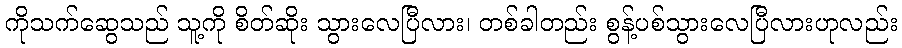
ကိုသက်ဆွေသည် သူ့ကို စိတ်ဆိုး သွားလေပြီလား၊ တစ်ခါတည်း စွန့်ပစ်သွားလေပြီလားဟုလည်း